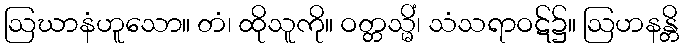
ဩဃာနံဟူသော။ တံ၊ ထိုသူကို။ ဝတ္တသ္မိံ၊ သံသရာဝဋ်၌။ ဩဟနန္တိ